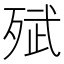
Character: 𭮗